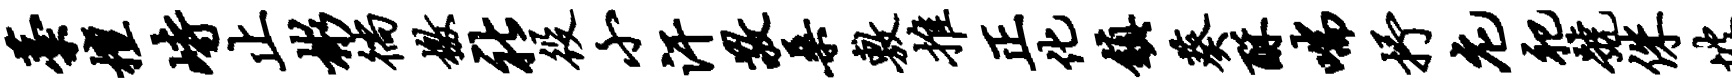
藁檀峙止彬徜檄社役小汗敬桑敷推正化镇葵酥喘抒庀祀号侏坡